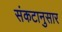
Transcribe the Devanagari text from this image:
संकटानुसार